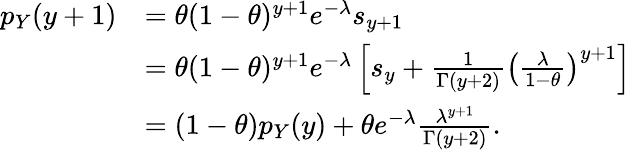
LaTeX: \begin{array}{rl}{p_{Y}(y+1)}&{=\theta{(1-\theta)^{y+1}}e^{-\lambda}s_{y+1}}\\ &{=\theta{(1-\theta)^{y+1}}e^{-\lambda}\left[s_{y}+\frac{1}{\Gamma(y+2)}\left(\frac{\lambda}{1-\theta}\right)^{y+1}\right]}\\ &{=(1-\theta)p_{Y}(y)+\theta e^{-\lambda}\frac{{\lambda}^{y+1}}{\Gamma(y+2)}.}\end{array}